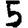
Digit: 5